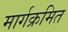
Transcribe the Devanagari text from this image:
मार्गक्रमित